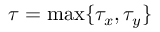
\tau = \operatorname* { m a x } \{ \tau _ { x } , \tau _ { y } \}